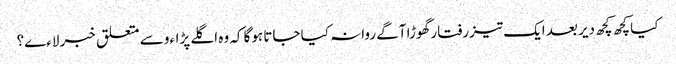
کیا کچھ کچھ دیر بعد ایک تیزرفتار گھوڑا آگے روانہ کیا جاتا ہوگا کہ وہ اگلے پڑاءو سے متعلق خبر لاءے؟